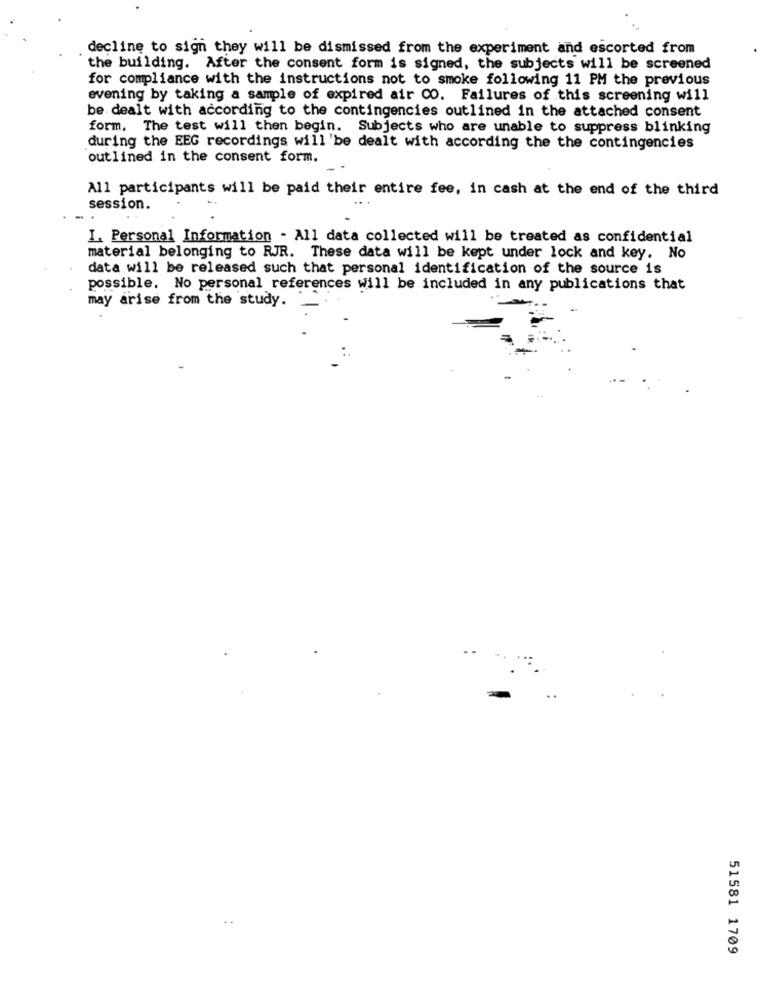
decline to sign they will be dismissed from the experiment and escorted from
the building. After the consent form is signed, the subjects will be screened
for compliance with the instructions not to smoke following 11 PM the previous
evening by taking a sample of expired air CO. Failures of this screening will
be dealt with according to the contingencies outlined in the attached consent
form, The test will then begin. Subjects who are unable to suppress blinking
during the EEG recordings will 'be dealt with according the the contingencies
outlined in the consent form.
All participants will be paid their entire fee, in cash at the end of the third
session.
-.
I. Personal Information - All data collected will be treated as confidential
material belonging to RJR. These data will be kept under lock and key. No
data will be released such that personal identification of the source is
possible. No personal references will be included in any publications that
may arise from the study.
51581 1709